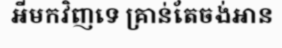
អីមកវិញទេ គ្រាន់តែចង់អាន